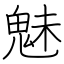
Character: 魅